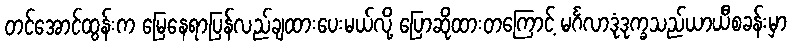
တင်အောင်ထွန်းက မြေနေရာပြန်လည်ချထားပေးမယ်လို့ ပြောဆိုထားတကြောင့် မင်္ဂလာဒုံဒုက္ခသည်ယာယီစခန်းမှာ